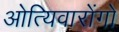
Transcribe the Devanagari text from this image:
ओत्यिवारोंगो